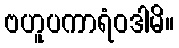
ဗဟူပကာရံဝဒါမိ။